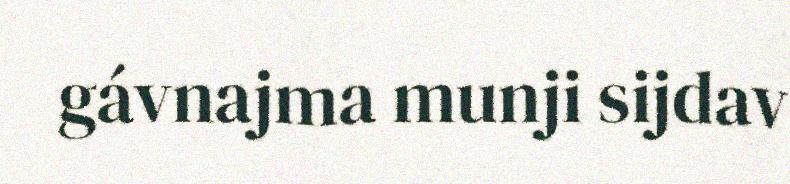
gávnajma munji sijdav